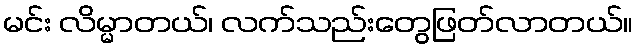
မင်း လိမ္မာတယ်၊ လက်သည်းတွေဖြတ်လာတယ်။